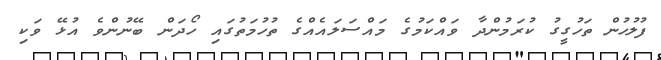
ފުލުހުން ތަހުގީގު ކުރަމުންދާ ވައްކަމުގެ މައްސަލައެއްގެ ތުހުމަތުގައި ހޯދަން ބޭނުންވެ އުޅޭ ވަކި